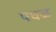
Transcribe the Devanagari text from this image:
पघळ